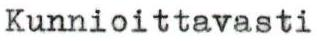
Kunnioittavasti